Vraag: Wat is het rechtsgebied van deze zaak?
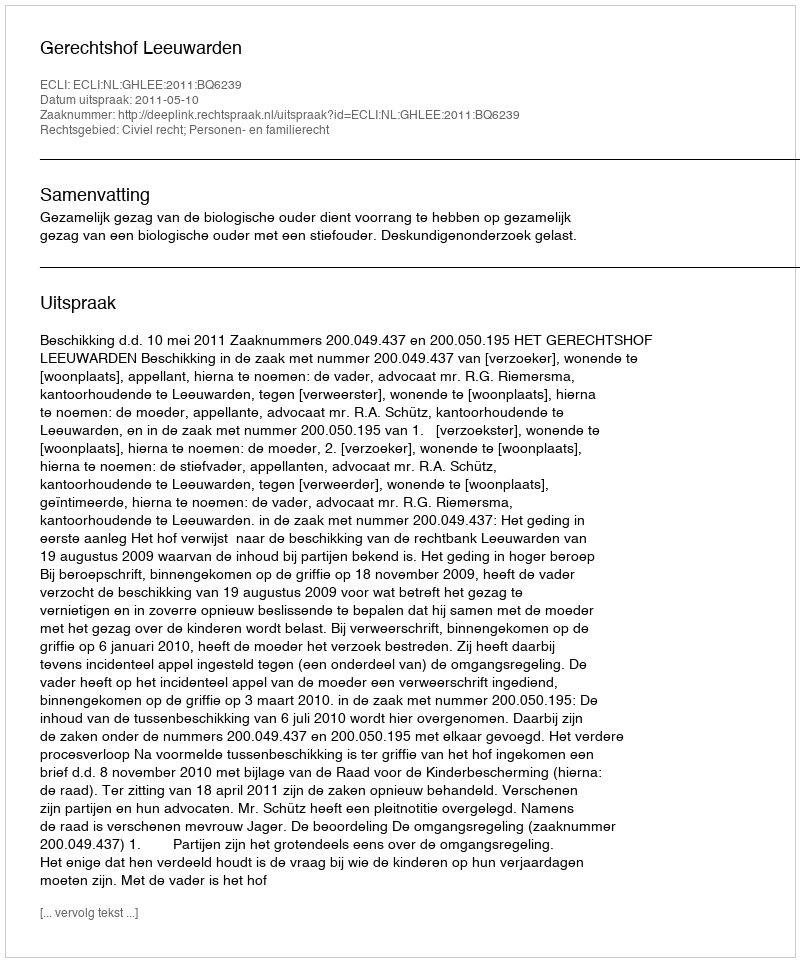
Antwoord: Civiel recht; Personen- en familierecht